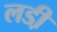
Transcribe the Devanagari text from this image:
लडी़